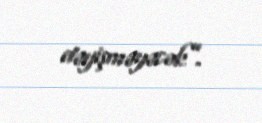
dəyişməyəcək”.